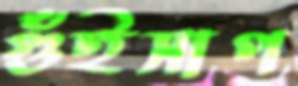
গুঁইসাপ